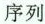
序列